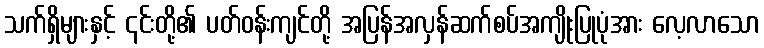
သက်ရှိများနှင့် ၎င်းတို့၏ ပတ်ဝန်းကျင်တို့ အပြန်အလှန်ဆက်စပ်အကျိုးပြုပုံအား လေ့လာသော